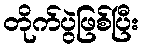
တိုက်ပွဲဖြစ်ပြီး